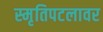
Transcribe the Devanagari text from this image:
स्मृतिपटलावर